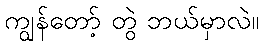
ကျွန်တော့် တွဲ ဘယ်မှာလဲ။